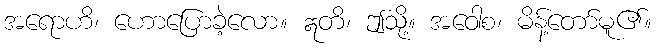
အရောဟိ၊ ဟောပြောခဲ့လော။ ဣတိ၊ ဤသို့။ အဝေါစ၊ မိန့်တော်မူ၏။